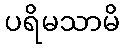
ပရိမသာမိ